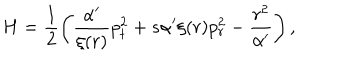
LaTeX: H = \frac { 1 } { 2 } \left( \frac { \alpha ^ { \prime } } { \xi ( r ) } p _ { t } ^ { 2 } + s \alpha ^ { \prime } \xi ( r ) p _ { r } ^ { 2 } - \frac { r ^ { 2 } } { \alpha ^ { \prime } } \right) ,